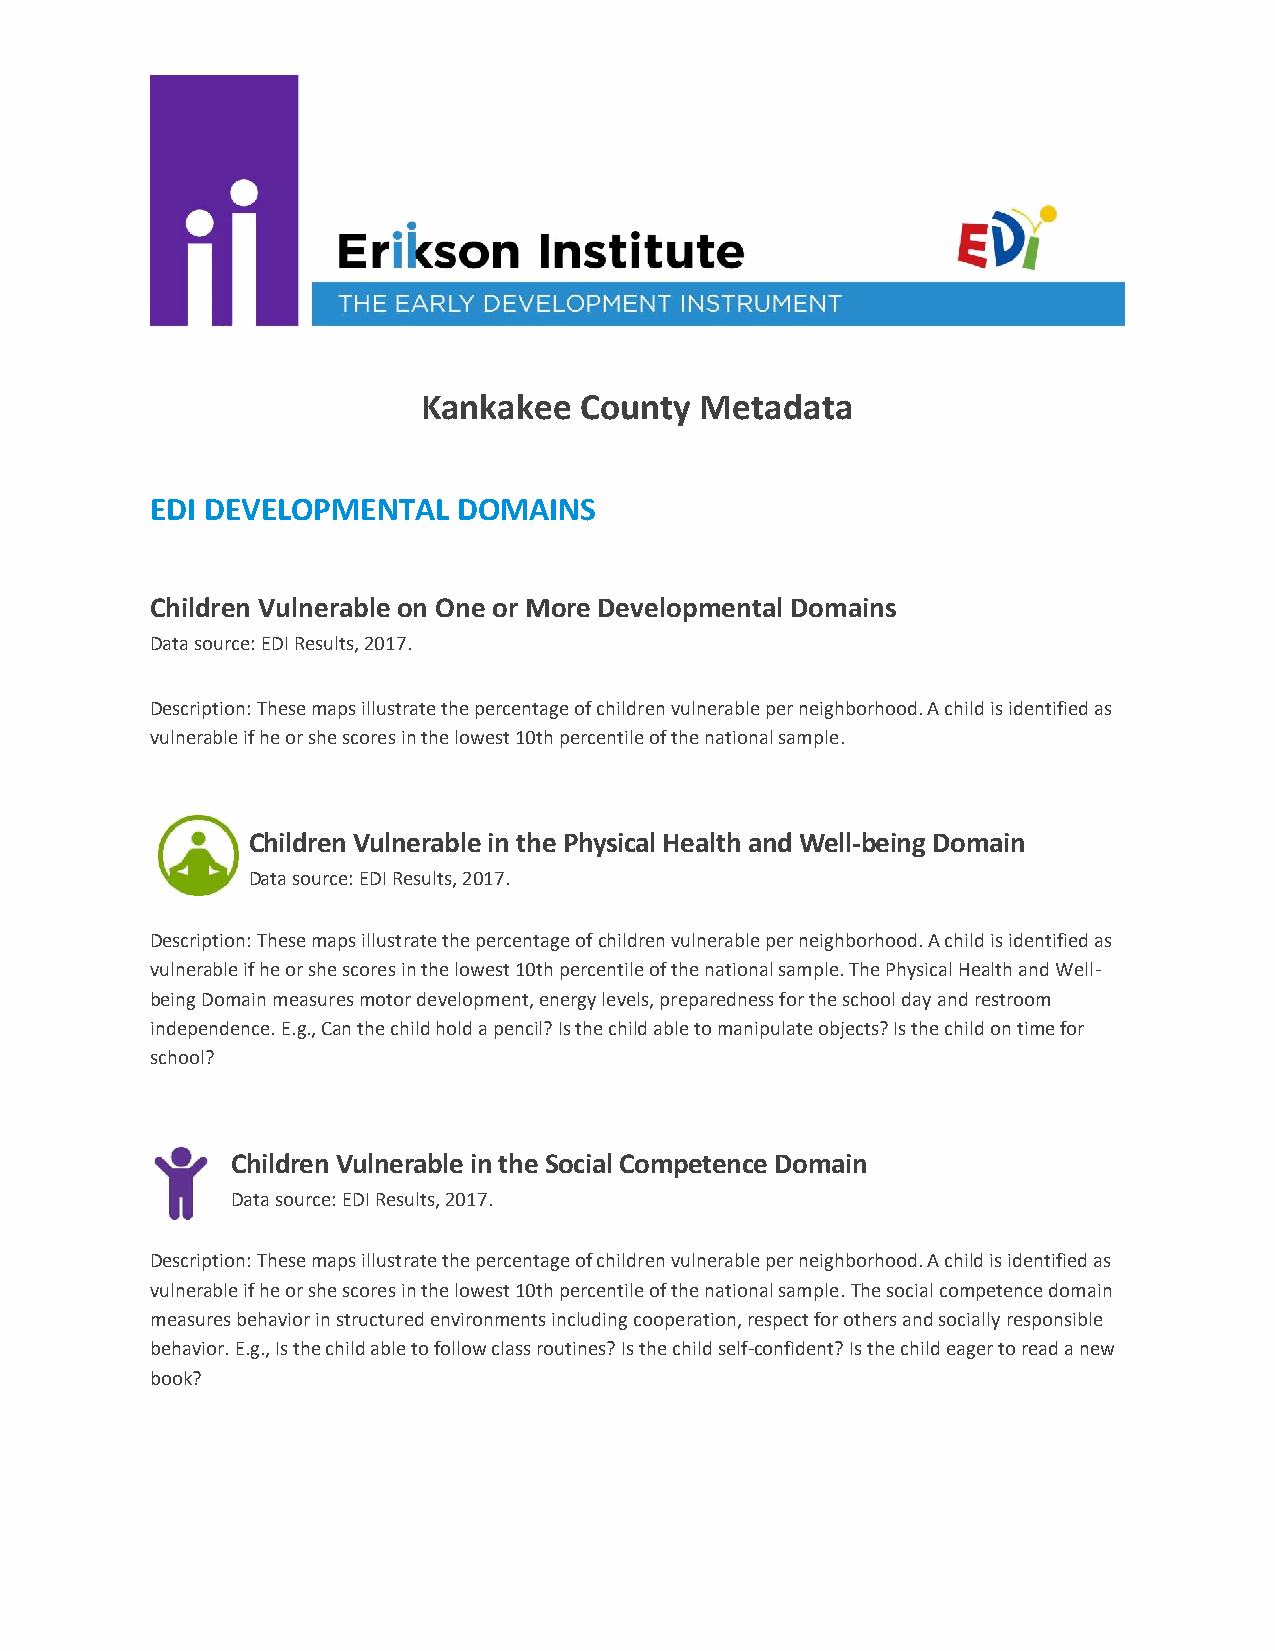
Kankakee  County  Metadata
 EDI DEVELOPMENTAL   DOMAINS
 Children Vulnerable on One or More Developmental Domains
 Data source: EDI Results, 2017.
 Description: These maps illustrate the percentage of children vulnerable per neighborhood. A child is identified as
 vulnerable if he or she scores in the lowest 10th percentile of the national sample.
 Children Vulnerable in the Physical Health and Well-being Domain
 Data source: EDI Results, 2017.
 Description: These maps illustrate the percentage of children vulnerable per neighborhood. A child is identified as
 vulnerable if he or she scores in the lowest 10th percentile of the national sample. The Physical Health and Well-
 being Domain measures motor development, energy levels, preparedness for the school day and restroom
 independence. E.g., Can the child hold a pencil? Is the child able to manipulate objects? Is the child on time for
 school?
 Children Vulnerable in the Social Competence Domain
 Data source: EDI Results, 2017.
 Description: These maps illustrate the percentage of children vulnerable per neighborhood. A child is identified as
 vulnerable if he or she scores in the lowest 10th percentile of the national sample. The social competence domain
 measures behavior in structured environments including cooperation, respect for others and socially responsible
 behavior. E.g., Is the child able to follow class routines? Is the child self-confident? Is the child eager to read a new
 book?